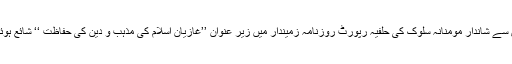
ان کی نعش سے شاندار مومنانہ سلوک کی حلفیہ رپورٹ روزنامہ زمیندار میں زیر عنوان ’’غازیان اسلام کی مذہب و دین کی حفاظت ‘‘ شائع ہوئی پیش ہے۔